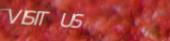
VISIT US